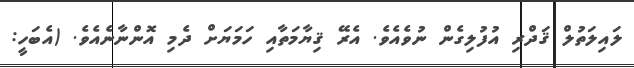
ލައިލަތުލް ޤަދްރި އުފުލިގެން ނުވެއެވެ. އެރޭ ޤިޔާމަތާއި ހަމަޔަށް ދެމި އޮންނާނެއެވެ. (އެބަހީ: